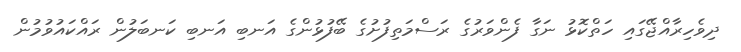
ދިވެހިރާއްޖޭގައި ހަތްކޮޅު ނަގާ ފެންވަރުގެ ރަސްމަތިފުށުގެ ބޭފުޅުންގެ އަނބި އަނބި ކަނބަލުން ރައްކައުވުމުން